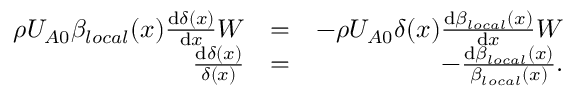
\begin{array} { r l r } { \rho U _ { A 0 } \beta _ { l o c a l } ( x ) \frac { \mathrm { d } \delta ( x ) } { \mathrm { d } x } W } & { = } & { - \rho U _ { A 0 } \delta ( x ) \frac { \mathrm { d } \beta _ { l o c a l } ( x ) } { \mathrm { d } x } W } \\ { \frac { \mathrm { d } \delta ( x ) } { \delta ( x ) } } & { = } & { - \frac { \mathrm { d } \beta _ { l o c a l } ( x ) } { \beta _ { l o c a l } ( x ) } . } \end{array}